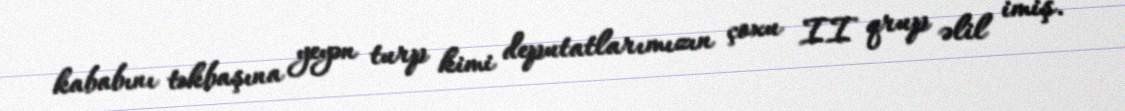
kababını təkbaşına yeyən turp kimi deputatlarımızın çoxu II qrup əlil imiş.